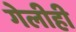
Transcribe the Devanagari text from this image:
गेलीही